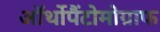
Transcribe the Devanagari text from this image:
ऑर्थोपैंटोमोग्राफ